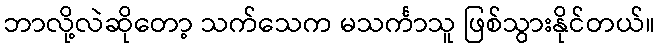
ဘာလို့လဲဆိုတော့ သက်သေက မသင်္ကာသူ ဖြစ်သွားနိုင်တယ်။